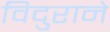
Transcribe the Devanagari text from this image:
विदुराने